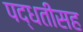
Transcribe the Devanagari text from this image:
पद्धतीसह